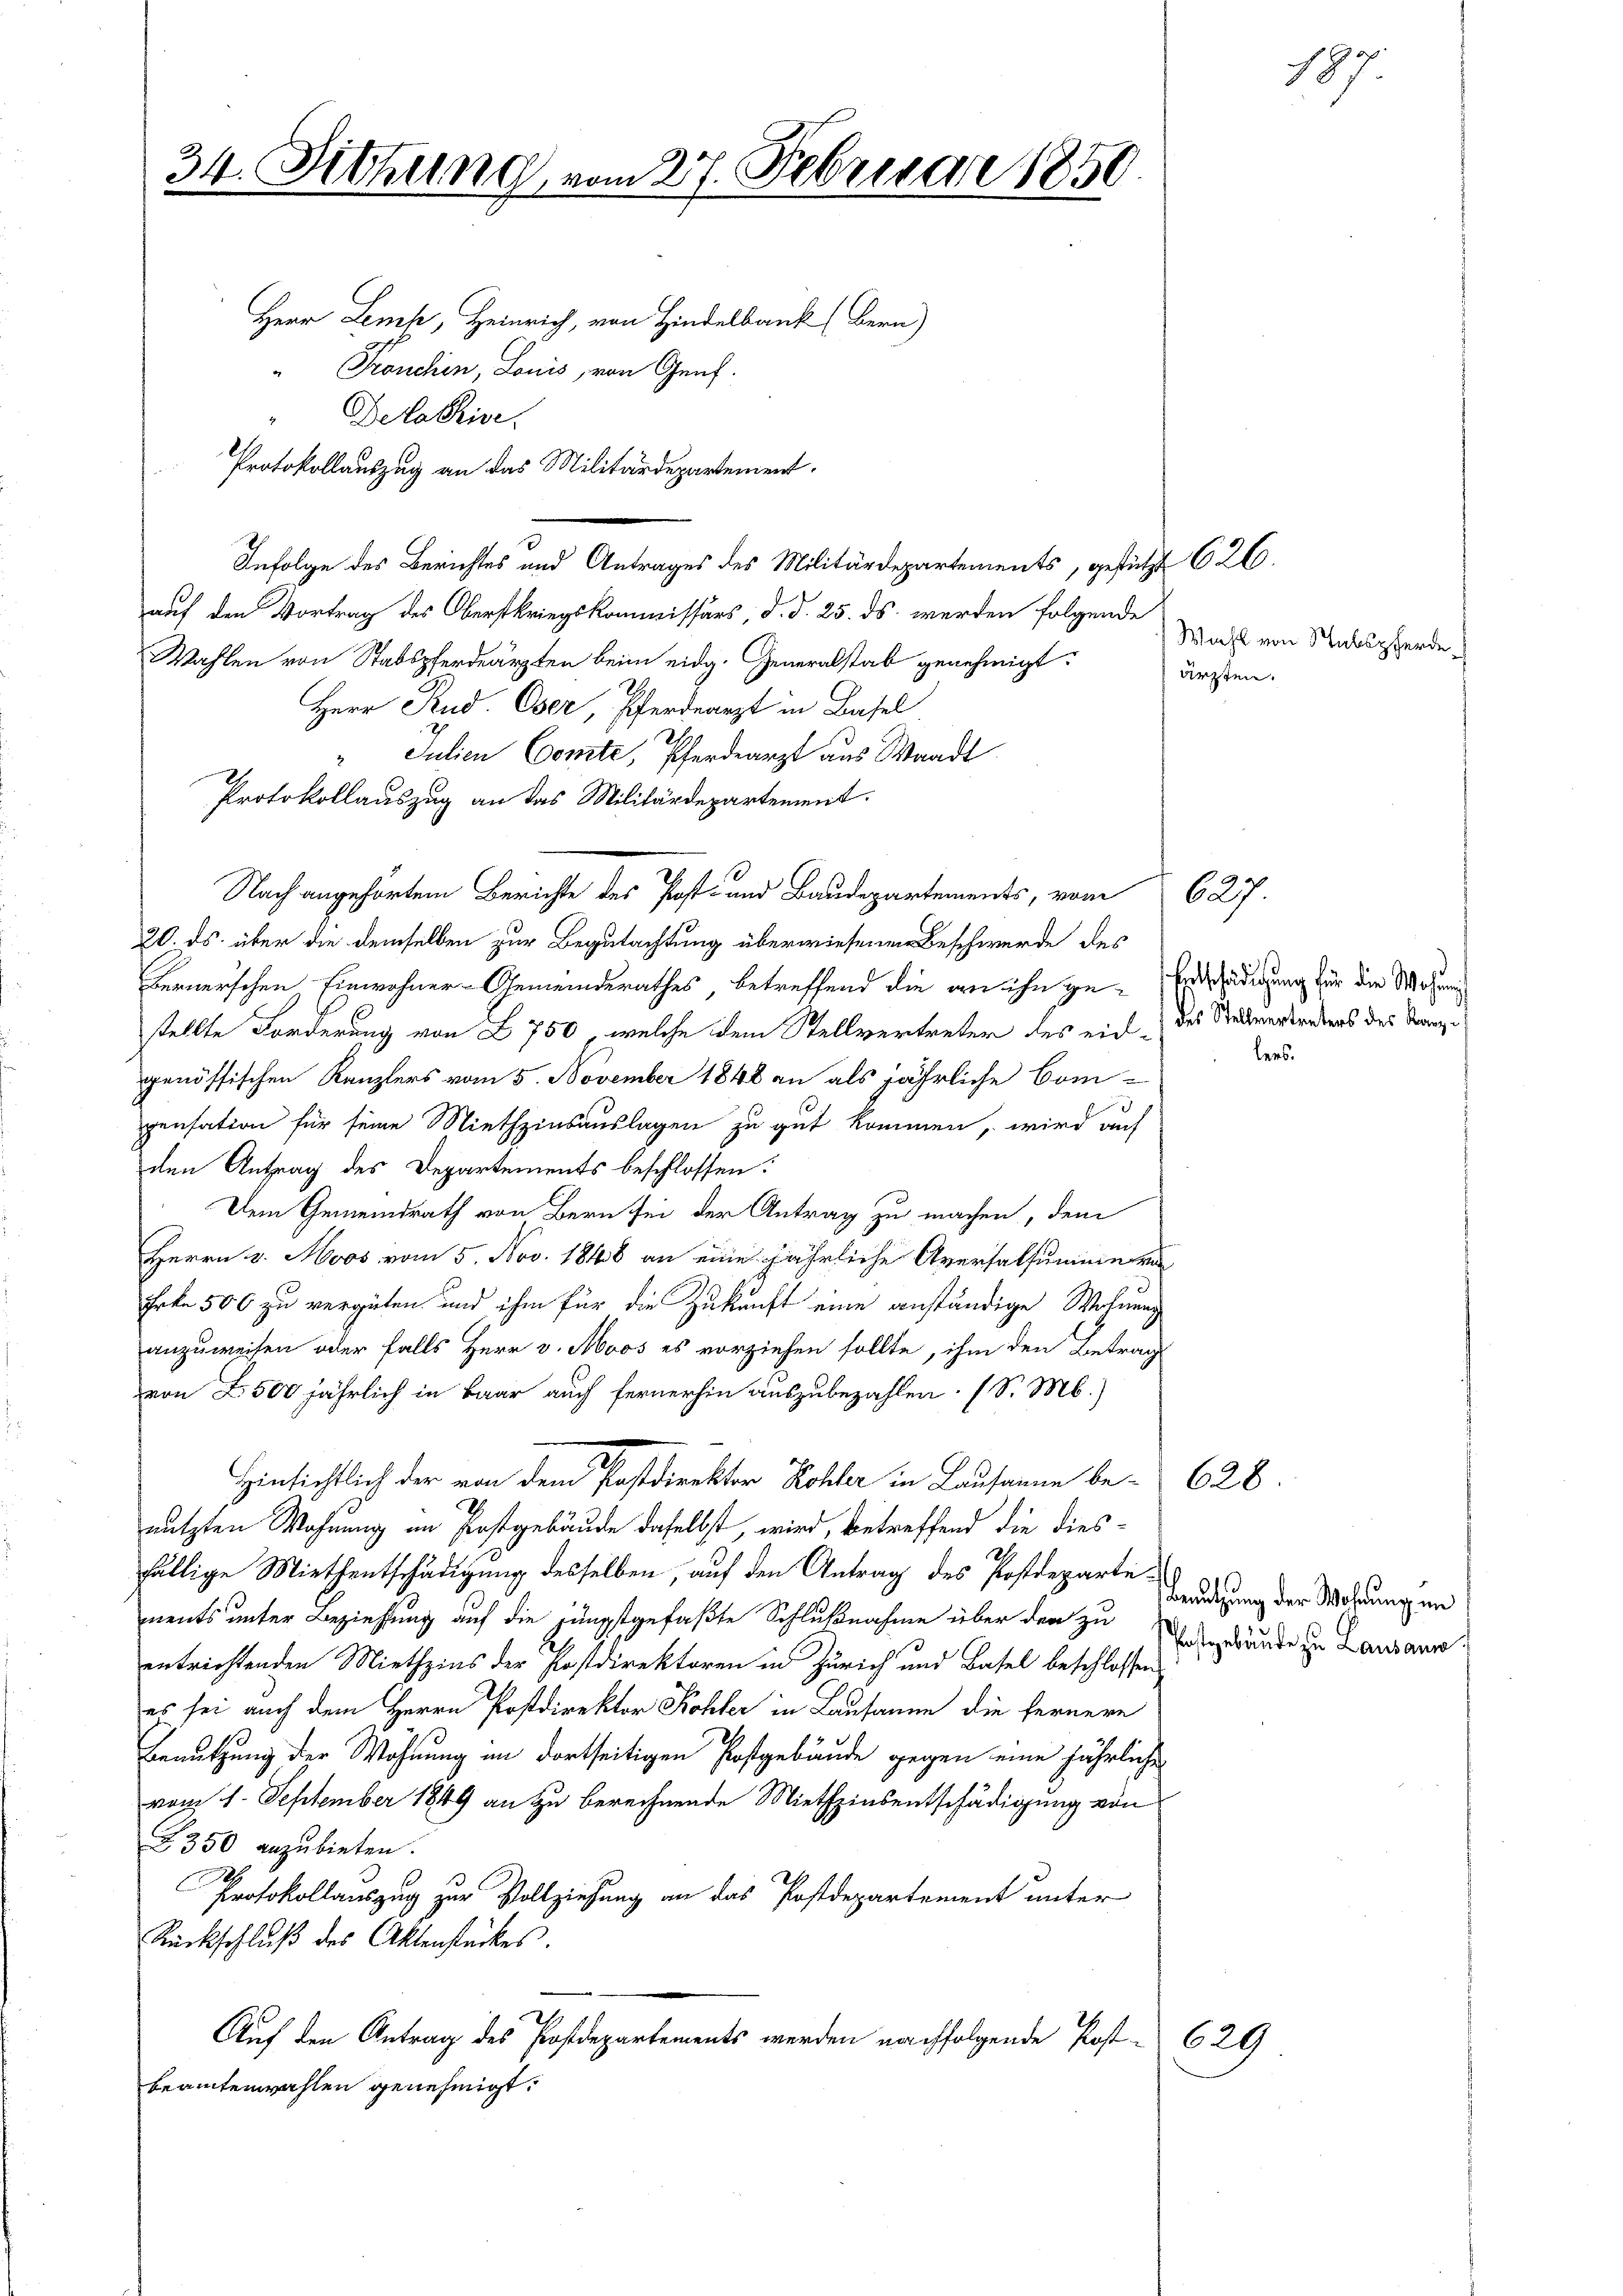
34. Sitzung vom 27. Februar 1850.

Herr Lemp, Heinrich, von Hindelbank (Bern)
Pronchen, Louis, von Genf.
Delative.
Protokollauszug an das Militärdepartement.
auf den Vortrag des Oberstkriegskommissärs, d. d. 25. ds. werden folgende
Wahlen von Stadspferdeärzten beim eidg. Generalstab genehmigt.
Herr Rud. Oser, Pferdearzt in Basel
" Julien Comte, Pferdearzt aus Waadt
Protokollauszug an das Militärdepartement.
20. ds. über die demselben zur Begutachtung überwiesenen Beschwerde des
Fernerschen Einwohner-Gemeinderathes, betreffend die an ihn zu Erschädigung für die Wohnun
stellte Forderung von Z 750, welche dem Stellvertreter des eint des Stadmerstrebens des Kanzgenössischen Kanzlers vom 5. November 1848 an als jährliche Compensation für seine Miethzinsauslagen zu gut kommen, wird auf
den Antrag des Departements beschlossen:
Dem Gemeindrath von Bern sei der Antrag zu machen, dem
Herrn v. Moos vom 5. Nov. 1848 an eine jährliche Aversalsummerra
Erk. 506 zu vergüten und ihm für die Zukunft eine anständige Wohnung
anzuweisen oder falls Herr v. Moos es vorziehen sollte, ihm den Betrag
von 2500 jährlich in Baar auch fernerhin auszubezahlen. (S. M.)
Hinsichtlich der von dem Postdirektor Rohler in Lausanne be- 628.
nutzten Wohnung im Postgebäude daselbst, wird, betreffend die diesfällige Miethentschädigung desselben, auf den Antrag des Postdeparte Ordnung der Wahrungen
nents unter Beziehung auf die jüngst gefaßte Schlußnahme über den zu
.
entrichtenden Miethzins der Postdirektoren in Zürich und Basel beschlossen:
es sei auch dem Herrn Postdirektor Kohler in Lausanne die fernere
Benutzung der Wohnung im dortseitigen Postgebäude gegen eine jährliche
vom 1. September 1849 an zu berechnende Miethzinsentschädigung von
2350 anzubieten.
Protokollauszug zur Vollziehung an das Postdepartement unter
Rückschluß des Aktenstückes.
Auf den Antrag des Postdepartements werden nachfolgende Post 629
beamtenwahlen genehmigt.

Infolge des Berichtes und Antrages des Militärdepartements, gestützt 626.

Nach angehörtem Berichte des Post- und Baudepartements, vom 627.

Wahl von Stabspferde.
ärzten.

Postgebäude zu Lausann

lers.

187